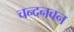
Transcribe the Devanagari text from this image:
चन्दनवन